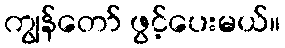
ကျွန်တော် ဖွင့်ပေးမယ်။